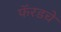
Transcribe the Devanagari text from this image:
फॅरडचे